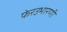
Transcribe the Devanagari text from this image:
फेरउभारणी